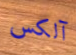
آلكس